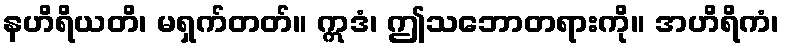
နဟိရိယတိ၊ မရှက်တတ်။ ဣဒံ၊ ဤသဘောတရားကို။ အဟိရိကံ၊